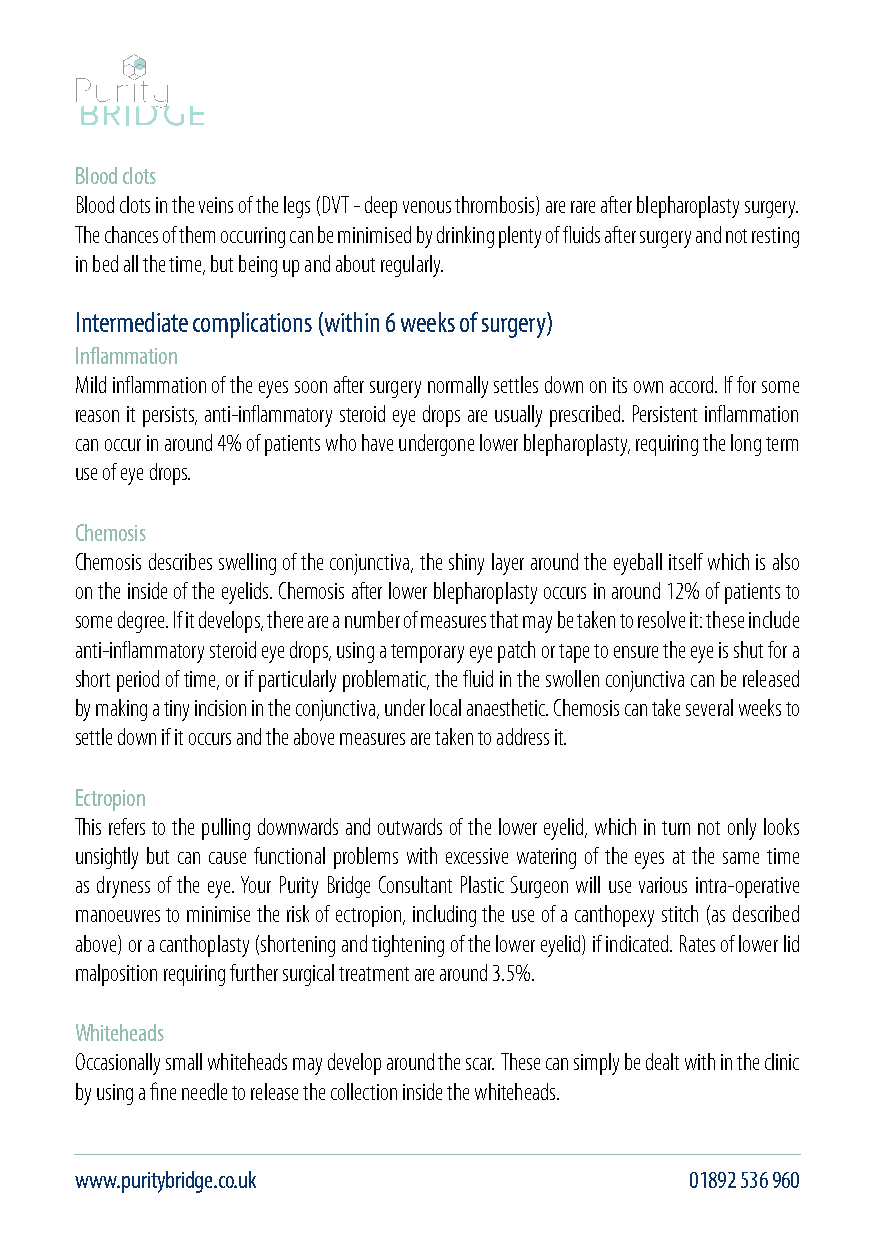
Blood clots
 Blood clots in the veins of the legs (DVT - deep venous thrombosis) are rare after blepharoplasty surgery.
 The chances of them occurring can be minimised by drinking plenty of fluids after surgery and not resting
 in bed all the time, but being up and about regularly.
 Intermediate complications (within 6 weeks of surgery)
 Inflammation
 Mild inflammation of the eyes soon after surgery normally settles down on its own accord. If for some
 reason it persists, anti-inflammatory steroid eye drops are usually prescribed. Persistent inflammation
 can occur in around 4% of patients who have undergone lower blepharoplasty, requiring the long term
 use of eye drops.
 Chemosis
 Chemosis describes swelling of the conjunctiva, the shiny layer around the eyeball itself which is also
 on the inside of the eyelids. Chemosis after lower blepharoplasty occurs in around 12% of patients to
 some degree. If it develops, there are a number of measures that may be taken to resolve it: these include
 anti-inflammatory steroid eye drops, using a temporary eye patch or tape to ensure the eye is shut for a
 short period of time, or if particularly problematic, the fluid in the swollen conjunctiva can be released
 by making a tiny incision in the conjunctiva, under local anaesthetic. Chemosis can take several weeks to
 settle down if it occurs and the above measures are taken to address it.
 Ectropion
 This refers to the pulling downwards and outwards of the lower eyelid, which in turn not only looks
 unsightly but can cause functional problems with excessive watering of the eyes at the same time
 as dryness of the eye. Your Purity Bridge Consultant Plastic Surgeon will use various intra-operative
 manoeuvres to minimise the risk of ectropion, including the use of a canthopexy stitch (as described
 above) or a canthoplasty (shortening and tightening of the lower eyelid) if indicated. Rates of lower lid
 malposition requiring further surgical treatment are around 3.5%.
 Whiteheads
 Occasionally small whiteheads may develop around the scar. These can simply be dealt with in the clinic
 by using a fine needle to release the collection inside the whiteheads.
 www.puritybridge.co.uk                   01892 536 960                                        info@puritybridge.co.uk